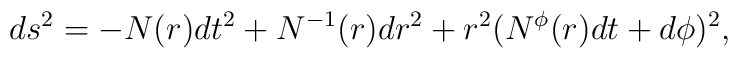
ds^2=-N(r)dt^2+N^{-1}(r)dr^2+r^2(N^{\phi}(r)dt+d\phi)^2,